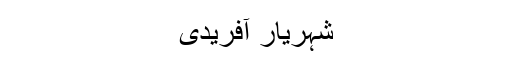
شہریار آفریدی